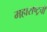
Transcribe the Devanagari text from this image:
महाराष्ट्रची